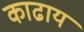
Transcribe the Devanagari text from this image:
काढाय